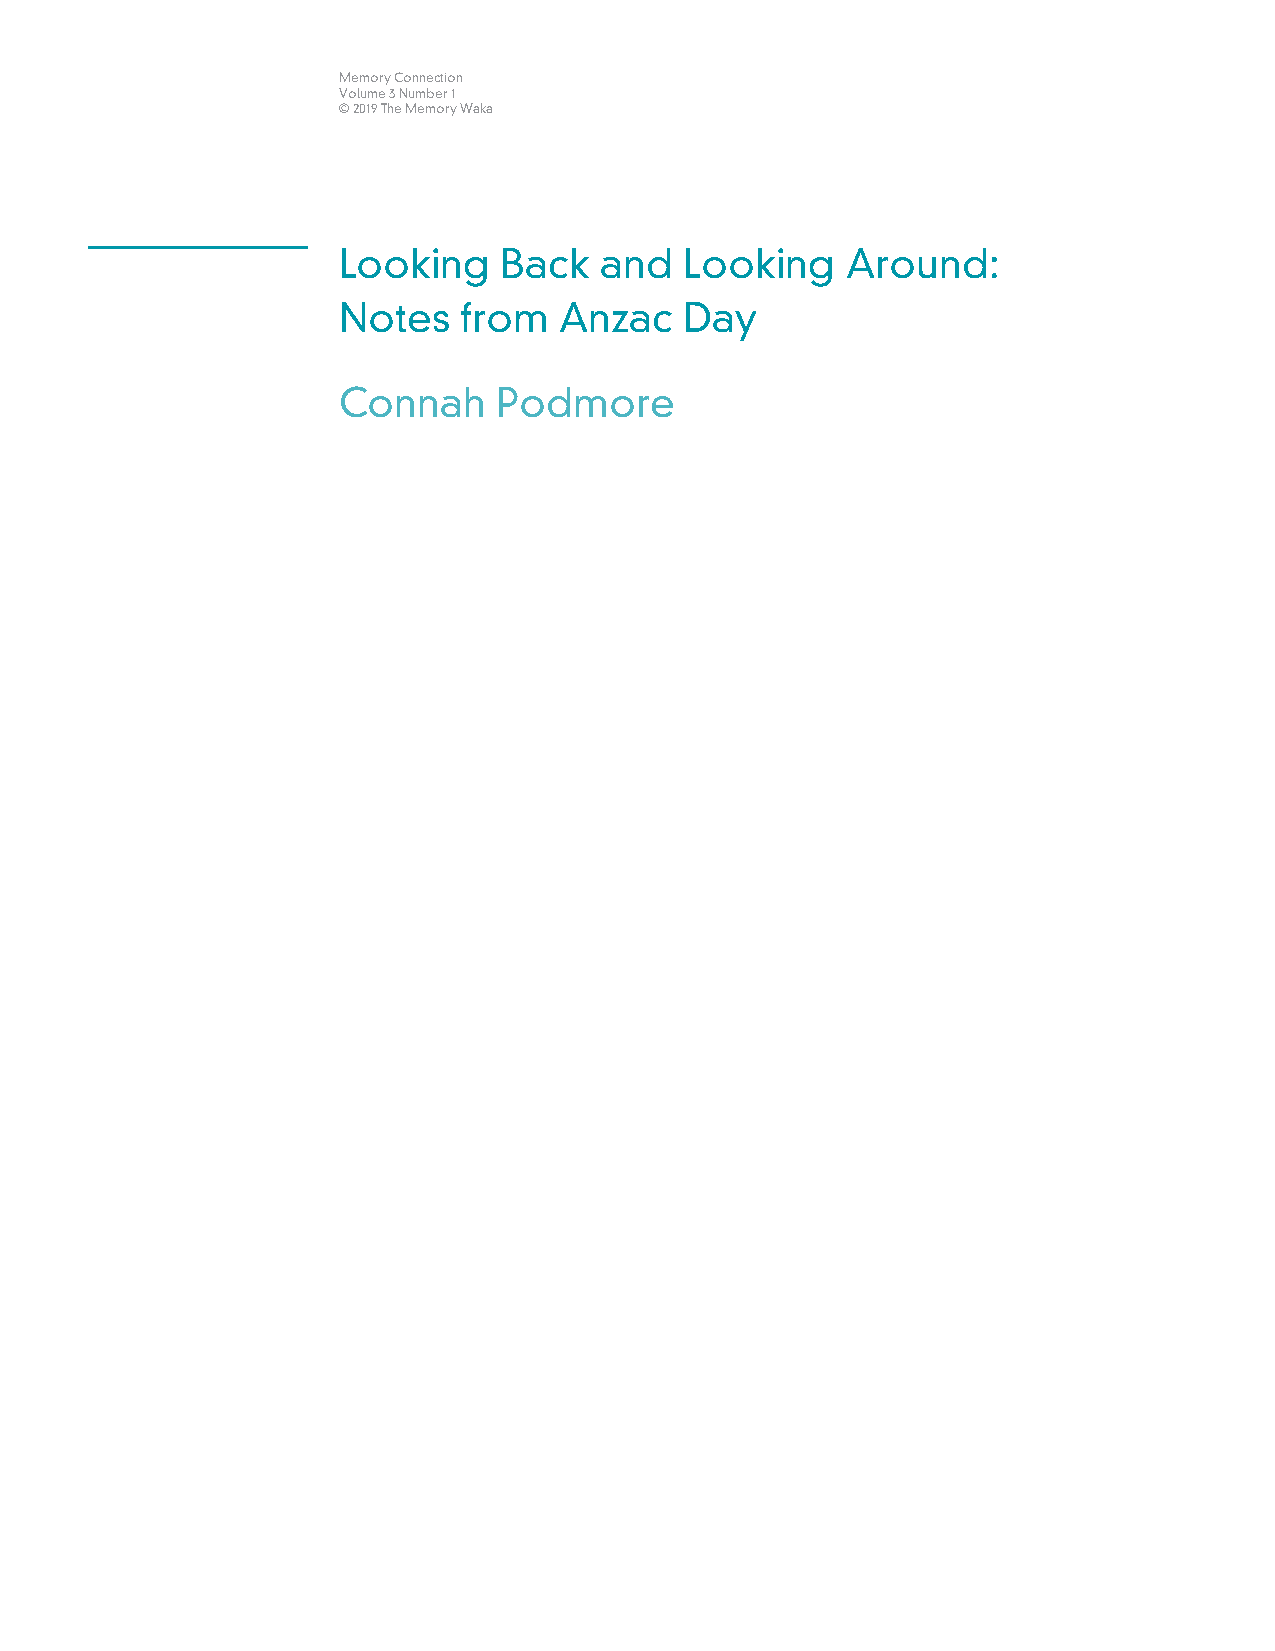
Memory Connection
 Volume 3 Number 1
 © 2019 The Memory Waka
 Looking    Back   and  Looking    Around:
 Notes   from   Anzac   Day
 Connah     Podmore